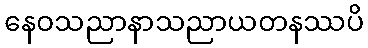
နေဝသညာနာသညာယတနဿပိ